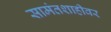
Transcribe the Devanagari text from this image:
सामंतशाहीवर